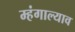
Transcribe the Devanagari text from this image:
म्हंगाल्याव